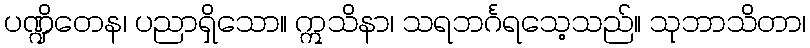
ပဏ္ဍိတေန၊ ပညာရှိသော။ ဣသိနာ၊ သရဘင်္ဂရသေ့သည်။ သုဘာသိတာ၊